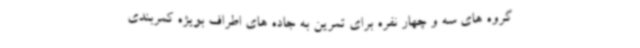
گروه های سه و چهار نفره برای تمرین به جاده های اطراف بویژه کمربندی